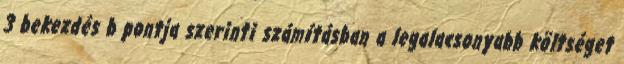
3 bekezdés b pontja szerinti számításban a legalacsonyabb költséget